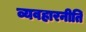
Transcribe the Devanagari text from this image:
व्यवहारनीति